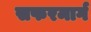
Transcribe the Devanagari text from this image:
सफरमार्ग